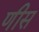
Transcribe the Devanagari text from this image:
णीस